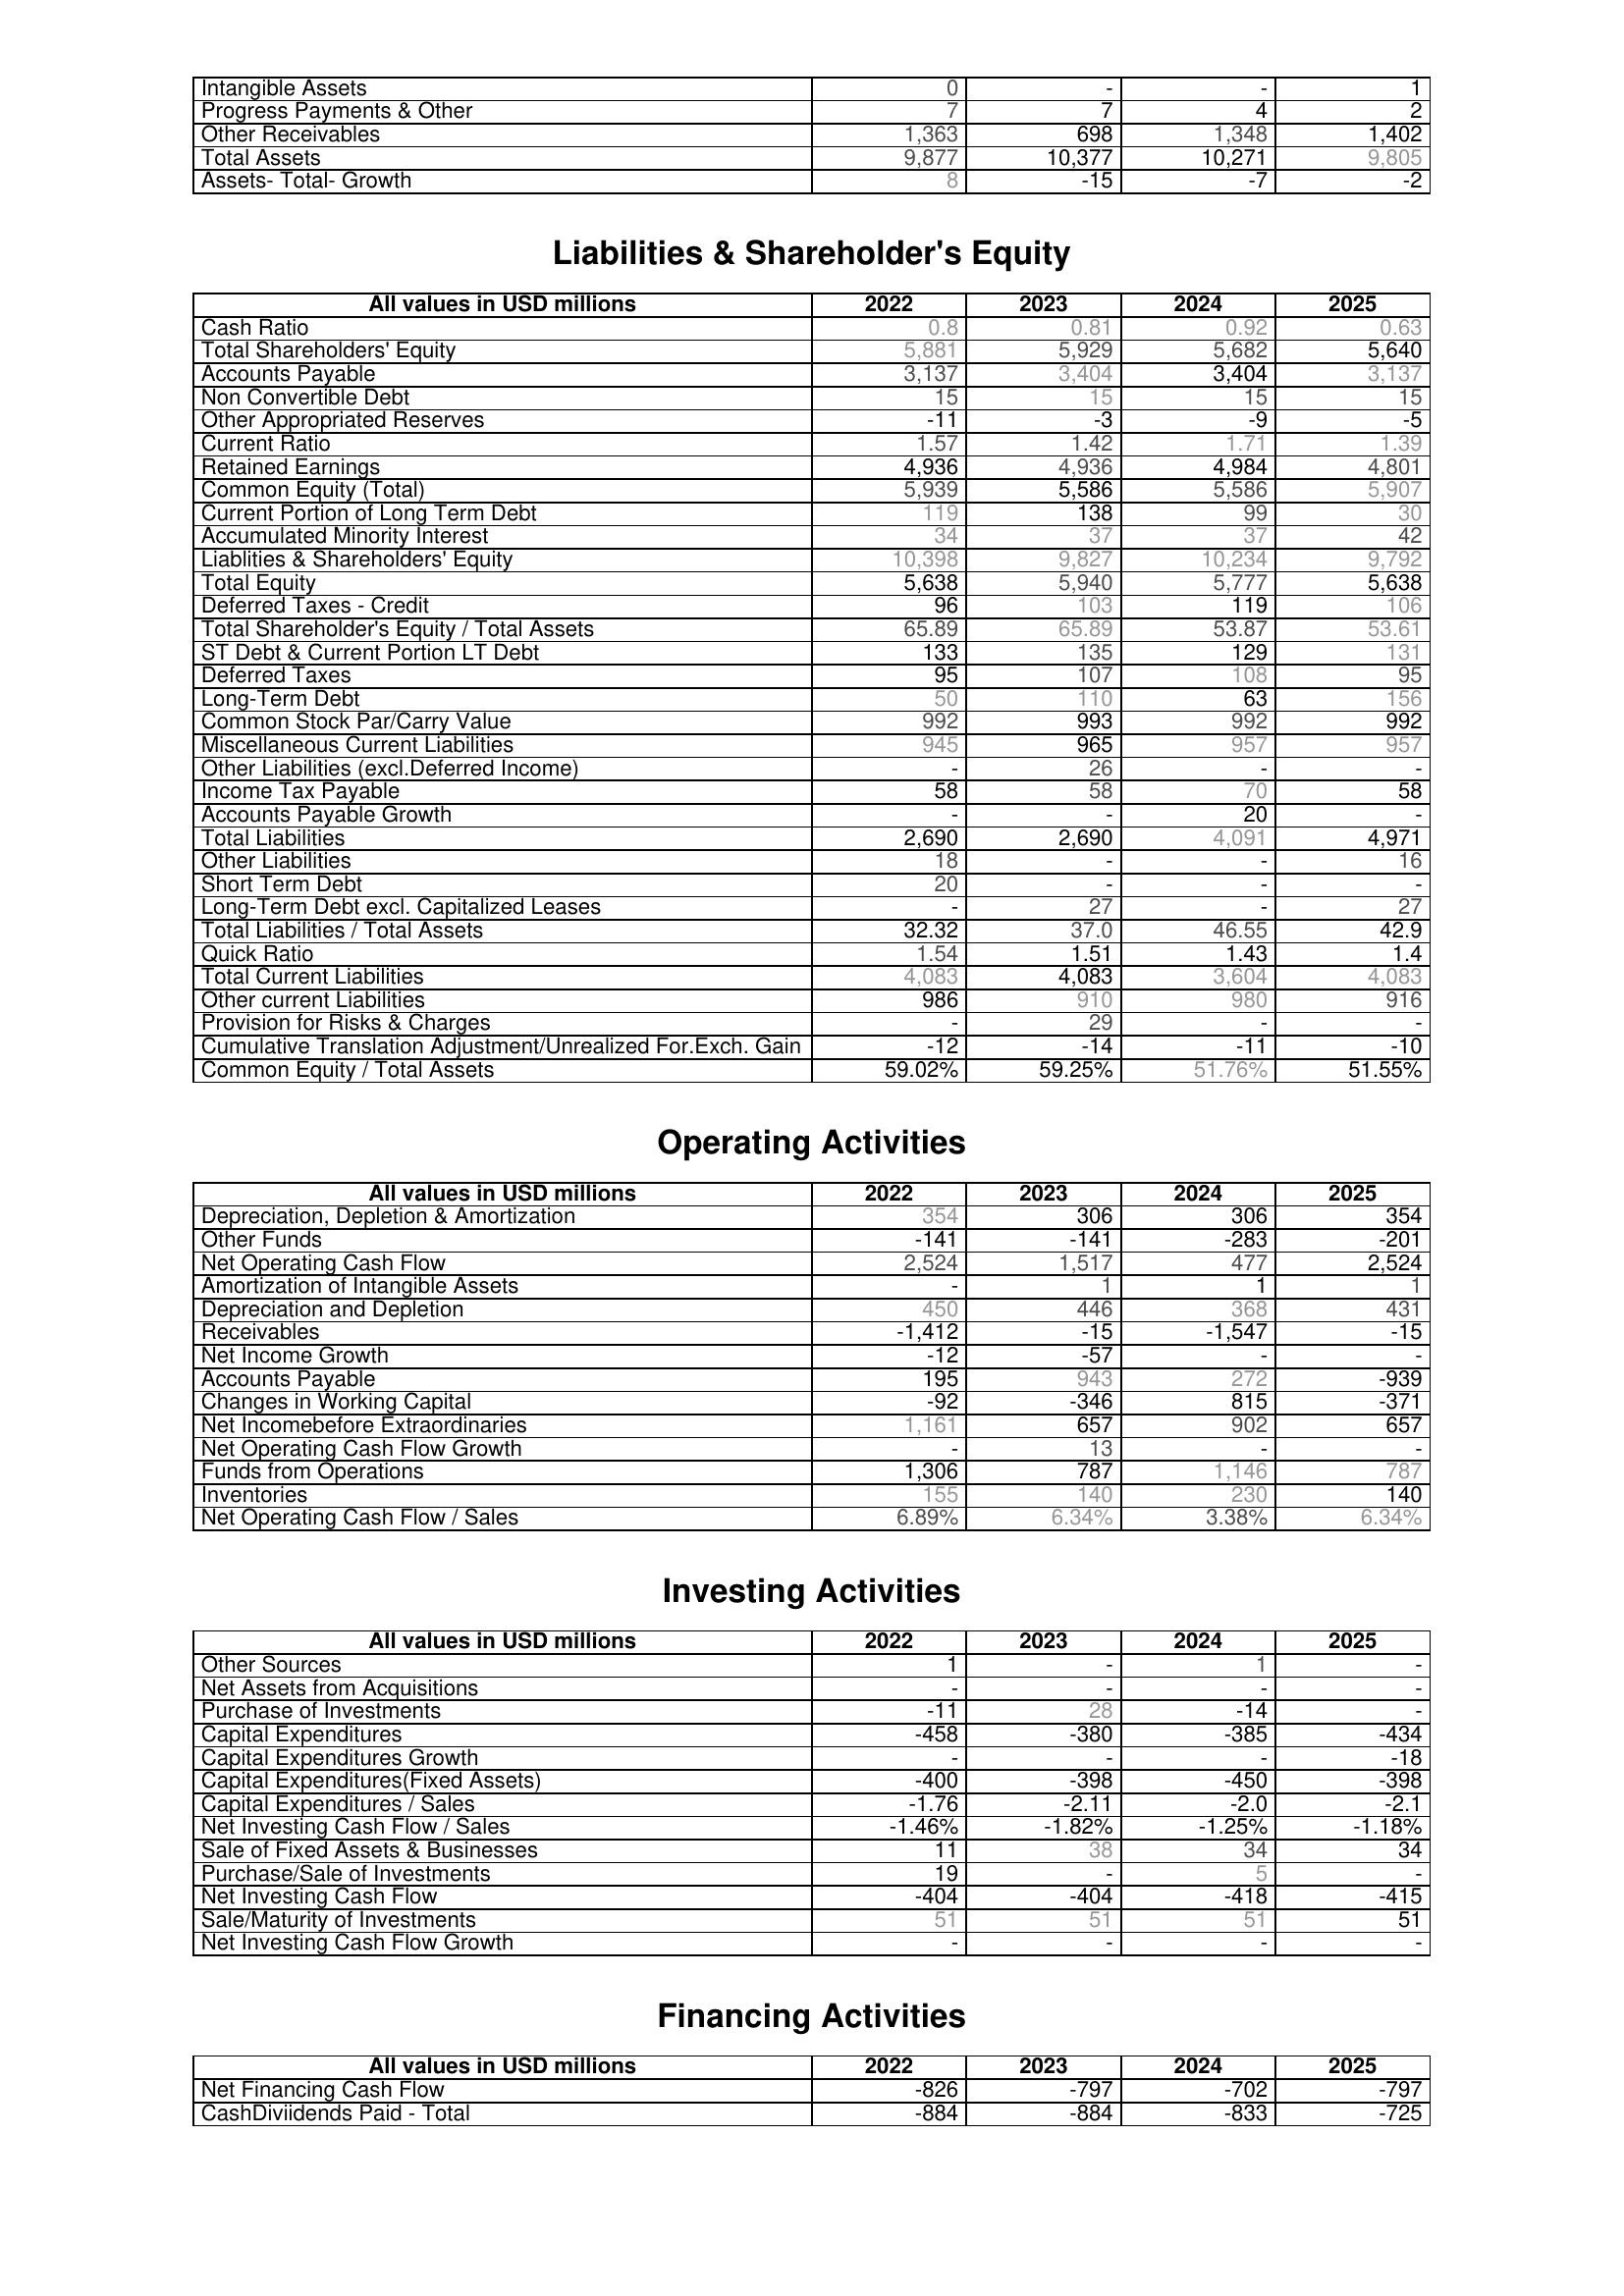
2022: Assets: Intangible Assets: 0
Progress Payments & Other: 7
Other Receivables: 1,363
Total Assets: 9,877
Assets- Total- Growth: 8
Liabilities & Shareholder's Equity: Cash Ratio: 0.8
Total Shareholders' Equity: 5,881
Accounts Payable: 3,137
Non Convertible Debt: 15
Other Appropriated Reserves: -11
Current Ratio: 1.57
Retained Earnings: 4,936
Common Equity (Total): 5,939
Current Portion of Long Term Debt: 119
Accumulated Minority Interest: 34
Liablities & Shareholders' Equity: 10,398
Total Equity: 5,638
Deferred Taxes - Credit: 96
Total Shareholder's Equity / Total Assets: 65.89
ST Debt & Current Portion LT Debt: 133
Deferred Taxes: 95
Long-Term Debt: 50
Common Stock Par/Carry Value: 992
Miscellaneous Current Liabilities: 945
Other Liabilities (excl.Deferred Income): -
Income Tax Payable: 58
Accounts Payable Growth: -
Total Liabilities: 2,690
Other Liabilities: 18
Short Term Debt: 20
Long-Term Debt excl. Capitalized Leases: -
Total Liabilities / Total Assets: 32.32
Quick Ratio: 1.54
Total Current Liabilities: 4,083
Other current Liabilities: 986
Provision for Risks & Charges: -
Cumulative Translation Adjustment/Unrealized For.Exch. Gain: -12
Common Equity / Total Assets: 59.02%
Operating Activities: Depreciation, Depletion & Amortization: 354
Other Funds: -141
Net Operating Cash Flow: 2,524
Amortization of Intangible Assets: -
Depreciation and Depletion: 450
Receivables: -1,412
Net Income Growth: -12
Accounts Payable: 195
Changes in Working Capital: -92
Net Incomebefore Extraordinaries: 1,161
Net Operating Cash Flow Growth: -
Funds from Operations: 1,306
Inventories: 155
Net Operating Cash Flow / Sales: 6.89%
Investing Activities: Other Sources: 1
Net Assets from Acquisitions: -
Purchase of Investments: -11
Capital Expenditures: -458
Capital Expenditures Growth: -
Capital Expenditures(Fixed Assets): -400
Capital Expenditures / Sales: -1.76
Net Investing Cash Flow / Sales: -1.46%
Sale of Fixed Assets & Businesses: 11
Purchase/Sale of Investments: 19
Net Investing Cash Flow: -404
Sale/Maturity of Investments: 51
Net Investing Cash Flow Growth: -
Financing Activities: Net Financing Cash Flow: -826
CashDiviidends Paid - Total: -884
2023: Assets: Intangible Assets: -
Progress Payments & Other: 7
Other Receivables: 698
Total Assets: 10,377
Assets- Total- Growth: -15
Liabilities & Shareholder's Equity: Cash Ratio: 0.81
Total Shareholders' Equity: 5,929
Accounts Payable: 3,404
Non Convertible Debt: 15
Other Appropriated Reserves: -3
Current Ratio: 1.42
Retained Earnings: 4,936
Common Equity (Total): 5,586
Current Portion of Long Term Debt: 138
Accumulated Minority Interest: 37
Liablities & Shareholders' Equity: 9,827
Total Equity: 5,940
Deferred Taxes - Credit: 103
Total Shareholder's Equity / Total Assets: 65.89
ST Debt & Current Portion LT Debt: 135
Deferred Taxes: 107
Long-Term Debt: 110
Common Stock Par/Carry Value: 993
Miscellaneous Current Liabilities: 965
Other Liabilities (excl.Deferred Income): 26
Income Tax Payable: 58
Accounts Payable Growth: -
Total Liabilities: 2,690
Other Liabilities: -
Short Term Debt: -
Long-Term Debt excl. Capitalized Leases: 27
Total Liabilities / Total Assets: 37.0
Quick Ratio: 1.51
Total Current Liabilities: 4,083
Other current Liabilities: 910
Provision for Risks & Charges: 29
Cumulative Translation Adjustment/Unrealized For.Exch. Gain: -14
Common Equity / Total Assets: 59.25%
Operating Activities: Depreciation, Depletion & Amortization: 306
Other Funds: -141
Net Operating Cash Flow: 1,517
Amortization of Intangible Assets: 1
Depreciation and Depletion: 446
Receivables: -15
Net Income Growth: -57
Accounts Payable: 943
Changes in Working Capital: -346
Net Incomebefore Extraordinaries: 657
Net Operating Cash Flow Growth: 13
Funds from Operations: 787
Inventories: 140
Net Operating Cash Flow / Sales: 6.34%
Investing Activities: Other Sources: -
Net Assets from Acquisitions: -
Purchase of Investments: 28
Capital Expenditures: -380
Capital Expenditures Growth: -
Capital Expenditures(Fixed Assets): -398
Capital Expenditures / Sales: -2.11
Net Investing Cash Flow / Sales: -1.82%
Sale of Fixed Assets & Businesses: 38
Purchase/Sale of Investments: -
Net Investing Cash Flow: -404
Sale/Maturity of Investments: 51
Net Investing Cash Flow Growth: -
Financing Activities: Net Financing Cash Flow: -797
CashDiviidends Paid - Total: -884
2024: Assets: Intangible Assets: -
Progress Payments & Other: 4
Other Receivables: 1,348
Total Assets: 10,271
Assets- Total- Growth: -7
Liabilities & Shareholder's Equity: Cash Ratio: 0.92
Total Shareholders' Equity: 5,682
Accounts Payable: 3,404
Non Convertible Debt: 15
Other Appropriated Reserves: -9
Current Ratio: 1.71
Retained Earnings: 4,984
Common Equity (Total): 5,586
Current Portion of Long Term Debt: 99
Accumulated Minority Interest: 37
Liablities & Shareholders' Equity: 10,234
Total Equity: 5,777
Deferred Taxes - Credit: 119
Total Shareholder's Equity / Total Assets: 53.87
ST Debt & Current Portion LT Debt: 129
Deferred Taxes: 108
Long-Term Debt: 63
Common Stock Par/Carry Value: 992
Miscellaneous Current Liabilities: 957
Other Liabilities (excl.Deferred Income): -
Income Tax Payable: 70
Accounts Payable Growth: 20
Total Liabilities: 4,091
Other Liabilities: -
Short Term Debt: -
Long-Term Debt excl. Capitalized Leases: -
Total Liabilities / Total Assets: 46.55
Quick Ratio: 1.43
Total Current Liabilities: 3,604
Other current Liabilities: 980
Provision for Risks & Charges: -
Cumulative Translation Adjustment/Unrealized For.Exch. Gain: -11
Common Equity / Total Assets: 51.76%
Operating Activities: Depreciation, Depletion & Amortization: 306
Other Funds: -283
Net Operating Cash Flow: 477
Amortization of Intangible Assets: 1
Depreciation and Depletion: 368
Receivables: -1,547
Net Income Growth: -
Accounts Payable: 272
Changes in Working Capital: 815
Net Incomebefore Extraordinaries: 902
Net Operating Cash Flow Growth: -
Funds from Operations: 1,146
Inventories: 230
Net Operating Cash Flow / Sales: 3.38%
Investing Activities: Other Sources: 1
Net Assets from Acquisitions: -
Purchase of Investments: -14
Capital Expenditures: -385
Capital Expenditures Growth: -
Capital Expenditures(Fixed Assets): -450
Capital Expenditures / Sales: -2.0
Net Investing Cash Flow / Sales: -1.25%
Sale of Fixed Assets & Businesses: 34
Purchase/Sale of Investments: 5
Net Investing Cash Flow: -418
Sale/Maturity of Investments: 51
Net Investing Cash Flow Growth: -
Financing Activities: Net Financing Cash Flow: -702
CashDiviidends Paid - Total: -833
2025: Assets: Intangible Assets: 1
Progress Payments & Other: 2
Other Receivables: 1,402
Total Assets: 9,805
Assets- Total- Growth: -2
Liabilities & Shareholder's Equity: Cash Ratio: 0.63
Total Shareholders' Equity: 5,640
Accounts Payable: 3,137
Non Convertible Debt: 15
Other Appropriated Reserves: -5
Current Ratio: 1.39
Retained Earnings: 4,801
Common Equity (Total): 5,907
Current Portion of Long Term Debt: 30
Accumulated Minority Interest: 42
Liablities & Shareholders' Equity: 9,792
Total Equity: 5,638
Deferred Taxes - Credit: 106
Total Shareholder's Equity / Total Assets: 53.61
ST Debt & Current Portion LT Debt: 131
Deferred Taxes: 95
Long-Term Debt: 156
Common Stock Par/Carry Value: 992
Miscellaneous Current Liabilities: 957
Other Liabilities (excl.Deferred Income): -
Income Tax Payable: 58
Accounts Payable Growth: -
Total Liabilities: 4,971
Other Liabilities: 16
Short Term Debt: -
Long-Term Debt excl. Capitalized Leases: 27
Total Liabilities / Total Assets: 42.9
Quick Ratio: 1.4
Total Current Liabilities: 4,083
Other current Liabilities: 916
Provision for Risks & Charges: -
Cumulative Translation Adjustment/Unrealized For.Exch. Gain: -10
Common Equity / Total Assets: 51.55%
Operating Activities: Depreciation, Depletion & Amortization: 354
Other Funds: -201
Net Operating Cash Flow: 2,524
Amortization of Intangible Assets: 1
Depreciation and Depletion: 431
Receivables: -15
Net Income Growth: -
Accounts Payable: -939
Changes in Working Capital: -371
Net Incomebefore Extraordinaries: 657
Net Operating Cash Flow Growth: -
Funds from Operations: 787
Inventories: 140
Net Operating Cash Flow / Sales: 6.34%
Investing Activities: Other Sources: -
Net Assets from Acquisitions: -
Purchase of Investments: -
Capital Expenditures: -434
Capital Expenditures Growth: -18
Capital Expenditures(Fixed Assets): -398
Capital Expenditures / Sales: -2.1
Net Investing Cash Flow / Sales: -1.18%
Sale of Fixed Assets & Businesses: 34
Purchase/Sale of Investments: -
Net Investing Cash Flow: -415
Sale/Maturity of Investments: 51
Net Investing Cash Flow Growth: -
Financing Activities: Net Financing Cash Flow: -797
CashDiviidends Paid - Total: -725